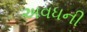
અવધની